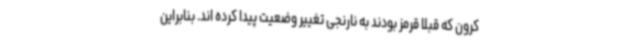
کرون که قبلا قرمز بودند به نارنجی تغییر وضعیت پیدا کرده اند. بنابراین